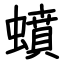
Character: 蟦